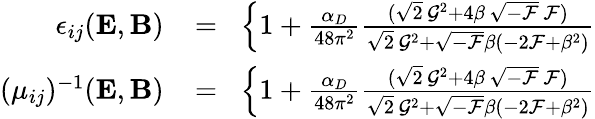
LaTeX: \begin{array}{rlr}{\epsilon_{ij}({\mathbf E},{\mathbf B})\! }&{{}=}&{\! \left\{ 1+\frac{\alpha_{D}}{48\pi^{2}}\frac{(\sqrt{2}\, {\cal G}^{2}+4\beta\, \sqrt{-{\cal F}}\, {\cal F})}{\sqrt{2}\, {\cal G}^{2}+\sqrt{-{\cal F}}\beta(-2{\cal F}+\beta^{2})}\right.}\\ {(\mu_{ij})^{-1}({\mathbf E},{\mathbf B})\! }&{{}=}&{\! \left\{ 1+\frac{\alpha_{D}}{48\pi^{2}}\frac{(\sqrt{2}\, {\cal G}^{2}+4\beta\, \sqrt{-{\cal F}}\, {\cal F})}{\sqrt{2}\, {\cal G}^{2}+\sqrt{-{\cal F}}\beta(-2{\cal F}+\beta^{2})}\right.}\end{array}